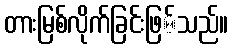
တားမြစ်လိုက်ခြင်းဖြ်သည်။